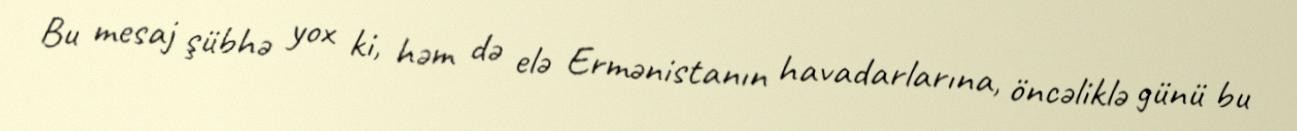
Bu mesaj şübhə yox ki, həm də elə Ermənistanın havadarlarına, öncəliklə günü bu